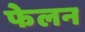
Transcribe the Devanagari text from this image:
फेलन